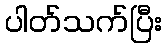
ပါတ်သက်ပြီး